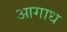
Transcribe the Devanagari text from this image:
आगाध